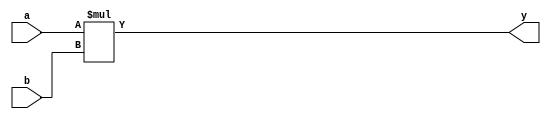
`timescale 1ns/1ns

module mul(a, b, y);
	input  [ 7:0] a, b;
	output [15:0] y;
	reg    [15:0] y;
	
	always@(a or b) begin
		y <= a * b;
	end
	
endmodule